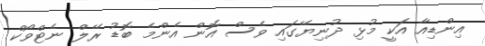
އިންޑިއާ އަކީ މުޅި ދުނިޔޭގައި ވެސް އޮން އެންމެ ބޮޑު ރޭލް ނެޓްވޯކް